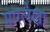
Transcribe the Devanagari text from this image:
मारलेखा